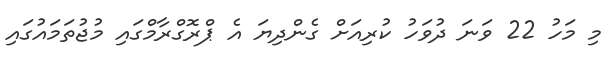
މި މަހު 22 ވަނަ ދުވަހު ކުރިއަށް ގެންދިޔަ އެ ޕްރޮގްރާމްގައި މުޖުތަމައުގައި